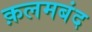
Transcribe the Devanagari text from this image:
क़लमबंद